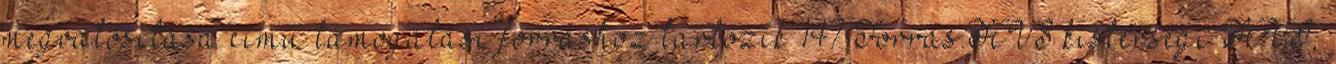
megvalósítása című támogatási forráshoz tartozik 147 Forrás:HVS kistérségi HVI,